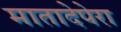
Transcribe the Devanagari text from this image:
मातादेपेरा